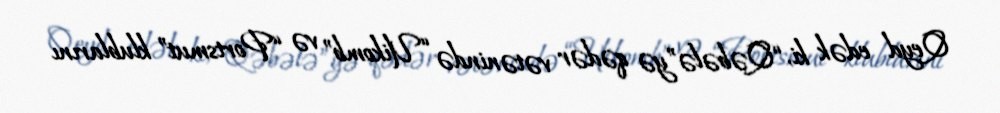
Qeyd edək ki, “Qəbələ”yə qədər vətənində “Uikomb” və “Portsmut” klublarını